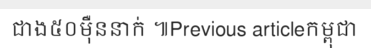
ជាង៥០ម៉ឺននាក់ ៕Previous articleកម្ពុជា